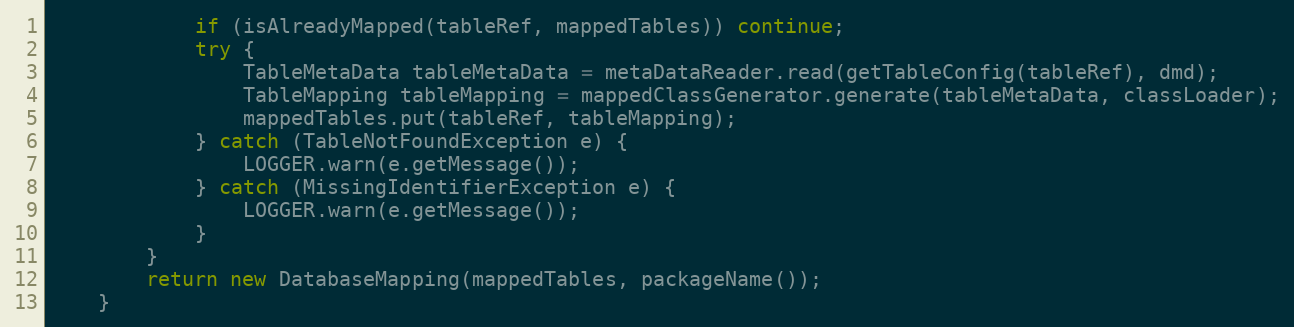
Language: Java
            if (isAlreadyMapped(tableRef, mappedTables)) continue;
            try {
                TableMetaData tableMetaData = metaDataReader.read(getTableConfig(tableRef), dmd);
                TableMapping tableMapping = mappedClassGenerator.generate(tableMetaData, classLoader);
                mappedTables.put(tableRef, tableMapping);
            } catch (TableNotFoundException e) {
                LOGGER.warn(e.getMessage());
            } catch (MissingIdentifierException e) {
                LOGGER.warn(e.getMessage());
            }
        }
        return new DatabaseMapping(mappedTables, packageName());
    }